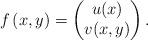
LaTeX: \begin{align*}f\left(x, y \right) = \begin{pmatrix} u(x) \\ v(x,y)\end{pmatrix}.\end{align*}